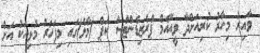
ވާއިރު މިހާރު ކުރިއަށްދާ ވީއޭއެމް ޕްރެޒިޑެންޓްސް ކަޕް (މާލެ)ގައި މިފަހަރު މުޅިއަކު އަށް